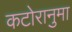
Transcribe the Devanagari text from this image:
कटोरानुमा